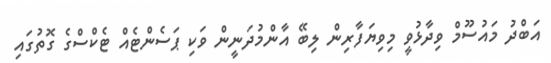
އަބްދު މައުސޫމް ވިދާޅުވީ މިވިޔަފާރިން ލިބޭ އާންމުދަނީން ވަކި ޕަސެންޓެއް ޓެކްސްގެ ގޮތުގައި